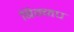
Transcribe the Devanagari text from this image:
बिन्नप